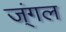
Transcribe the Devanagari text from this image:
ज्ंगल